Annual administration report of the Civil Veterinary Department of India - 1897-1898
Year: 1897
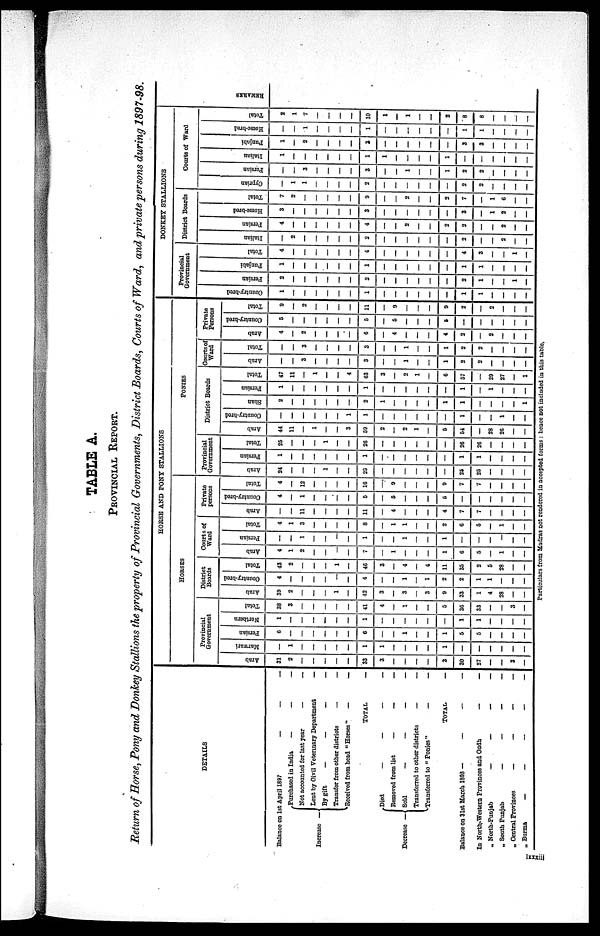
TABLE A.
PROVINCIAL REPORT.
Return of Horse, Pony and Donkey Stallions the property of Provincial Governments, District Boards, Courts of Ward, and private persons during 1897—98.
DETAILS
Balance on 1st April 1897
—
— —
Increase—
Purchased in India
— — —
Not accounted for last year — —
Lent by Civil Veterinary Department—
By gift — — —
Transfer from other districts — —
Received from head "Horses"
— —
TOTAL—
Decrease —
Died
—
—
—
Removed from list
—
— —
Sold
—
—
— —
Transferred to other districts
— —
Transferred to "Ponies"
— —
TOTAL—
Balance on 31st March 1803 —
—
— —
In North-Western Provinces and Oudh
— —
„ North-Punjab
—
—
— —
„ South Punjab
—
—
— —
„ Central Provinces — — — —
„ Burma — — — —
HORSE AND PONY STALLIONS
HORSES
Provincial
Government
Arab
31
2
—
—
—
—
—
33
3
—
—
—
—
3
30
27
—
—
3
—
Marwari
—
1
—
—
—
—
—
1
1
—
—
—
—
1
—
—
—
—
—
—
Persian
6
—
—
—
—
—
—
6
—
—
1
—
—
1
5
5
—
—
—
—
Northern
1
—
—
—
—
—
—
1
—
—
—
—
—
—
1
1
—
—
—
—
Total
38
3
—
—
—
—
—
41
4
—
1
—
—
5
36
33
—
—
3
—
District
Boards
Arab
39
2
—
—
—
1
—
42
3
—
3
—
3
9
33
1
4
28
—
—
Country—bred
4
—
—
—
—
—
—
4
—
—
1
—
1
2
2
1
1
—
—
—
Total
43
2
—
—
—
1
—
46
3
—
4
—
4
11
35
2
5
28
—
—
Courts of
Ward
Arab
4
1
2
—
—
—
—
7
—
1
—
—
—
1
6
5
—
1
—
—
Persian
—
—
1
—
—
—
—
1
—
—
1
—
—
1
—
—
—
—
—
—
Total
4
1
3
—
—
—
—
8
—
1
1
—
—
2
6
5
—
1
—
—
Private
persons
Arab
—
—
11
—
—
—
—
11
—
4
—
—
—
4
7
7
—
—
—
—
Country—bred
4
—
1
—
—
—
—
5
—
5
—
—
—
5
—
—
—
—
—
—
Total
4
—
12
—
—
—
—
16
—
9
—
—
—
9
7
7
—
—
—
—
Ponies
Provincial
Government
Arab
24
—
—
—
—
—
—
25
—
—
—
—
—
—
25
25
—
—
—
—
Persian
1
—
—
—
—
—
—
1
—
—
—
—
—
—
—
1
1
—
—
—
—
Total
25
—
—
—
—
—
—
26
—
—
—
—
—
—
26
26
—
—
—
—
District Boards
Arab
44
11
—
1
—
—
3
59
2
—
2
1
—
5
54
—
28
26
——
—
Country—bred
—
—
—
—
—
—
1
1
—
—
—
—
—
—
1
—
—
1
—
—
Shan
2
—
—
—
—
—
—
2
1
—
—
—
—
1
—
1
—
—
—
—
—
Persian
1
—
—
—
—
—
—
1
—
—
—
—
—
—
1
—
1
—
—
—
Total
47
11
—
1
—
—
4
63
3
—
2
1
—
6
57
—
29
27
—
—
Courts of
Ward
Arab
—
3
—
—
—
—
3
—
—
1
—
—
1
2
2
—
—
—
—
Total
—
3
—
—
—
—
3
—
—
1
—
—
1
—
2
2
—
—
—
—
Private
Persons
Arab
4
—
2
—
—
—
—
6
—
4
—
—
—
4
—
2
—
2
—
—
—
Country—bred
5
—
—
—
—
—
—
5
—
5
—
—
—
5
—
—
—
—
—
—
—
Total
9
—
2
—
—
—
—
11
—
9
—
—
—
9
—
2
—
2
—
—
—
DONKEY STALLIONS
Provincial
Government
Country—bred
1
—
—
—
—
—
—
1
—
—
—
—
—
—
—
1
1
—
—
—
—
Persian
2
—
—
—
—
—
—
2
—
—
—
—
—
—
2
1
—
—
—
—
Punjabi
1
—
—
—
—
—
—
1
—
—
—
—
—
—
1
1
—
—
—
—
Total
4
—
—
—
—
—
—
4
—
—
—
—
—
—
4
3
—
—
—
—
District Boards
Italian
2
—
—
—
—
—
2
—
—
—
—
—
—
—
2
—
—
2
—
—
Persian
4
—
—
—
—
—
—
4
—
—
2
—
—
2
—
2
—
—
2
—
—
Home—bred
3
—
—
—
—
—
—
3
—
—
—
—
—
—
—
3
—
1
2
—
—
Total
7
2
—
—
—
—
—
9
—
—
2
—
—
2
—
7
—
1
6
—
—
Courts of Ward
Cyprian
—
1
1
—
—
—
—
2
—
—
—
—
—
—
—
2
2
—
—
—
—
Persian
—
3
—
—
—
—
3
—
—
1
—
—
1
—
2
2
—
—
—
—
Italian
1
—
—
—
—
—
—
1
1
—
—
—
—
1
—
—
—
—
—
—
—
Punjabi
1
—
2
—
—
—
—
3
—
—
—
—
—
—
3
3
—
—
—
—
Home—bred
—
1
—
—
—
—
1
—
—
—
—
—
—
—
1
1
—
—
—
—
Total
2
1
7
—
—
—
—
10
1
—
1
—
—
2
—
8
8
—
—
—
—
R E MAR KS
Particulars from Madras not rendered in accepted forms: hence not included in this table.
lxxxiii